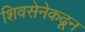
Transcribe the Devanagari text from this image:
शिवसेनेकढून